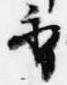
香